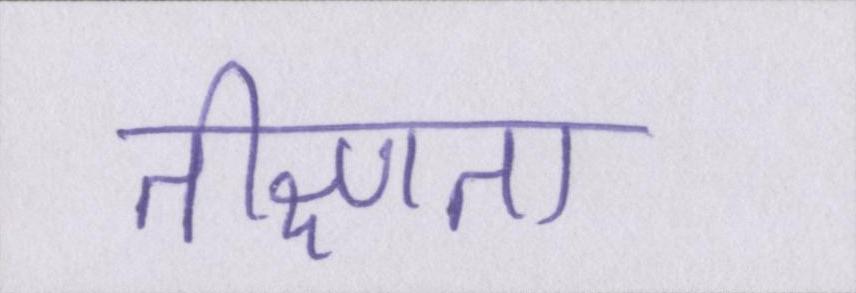
तीक्ष्णता